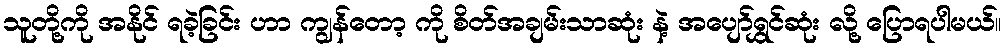
သူတို့ကို အနိုင် ရခဲ့ခြင်း ဟာ ကျွန်တော့ ကို စိတ်အချမ်းသာဆုံး နဲ့ အပျော်ရွှင်ဆုံး လို့ ပြောရပါမယ်။